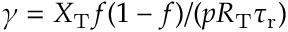
\gamma = X _ { \mathrm { T } } f ( 1 - f ) / ( p R _ { \mathrm { T } } { \tau _ { \mathrm { r } } } )